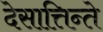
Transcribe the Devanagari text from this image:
देसात्तिन्ते